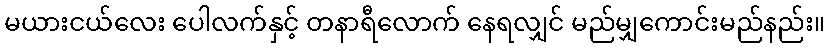
မယားငယ်လေး ပေါလက်နှင့် တနာရီလောက် နေရလျှင် မည်မျှကောင်းမည်နည်း။